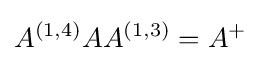
A^{(1,4)}AA^{(1,3)}=A^{+}